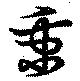
秉